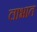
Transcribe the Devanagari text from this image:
लाभात